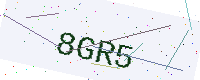
Text: 8GR5